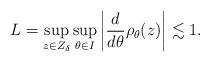
LaTeX: \begin{align*}L = \sup_{z \in Z_\delta}\sup_{\theta\in I}\left| \frac{d}{d\theta} \rho_\theta(z)\right| \lesssim 1.\end{align*}